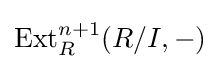
\operatorname {Ext} _{R}^{n+1}(R/I,-)